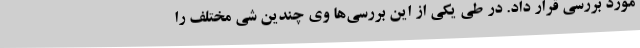
مورد بررسی قرار داد. در طی یکی از این بررسی‌ها وی چندین شی مختلف را